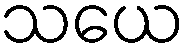
သယေ